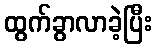
ထွက်ခွာလာခဲ့ပြီး